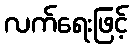
လက်ရေးဖြင့်